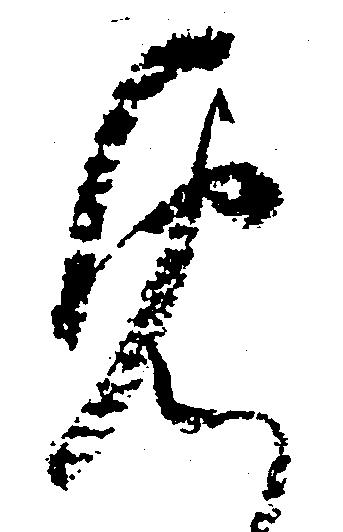
め